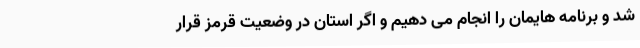
شد و برنامه هایمان را انجام می دهیم و اگر استان در وضعیت قرمز قرار